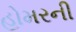
હોમરની